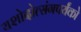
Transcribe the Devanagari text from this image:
यशोदोत्संगपर्यंको